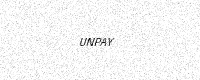
Text: UNPAY